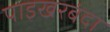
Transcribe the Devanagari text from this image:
पाइखरबंदा